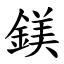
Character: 鎂